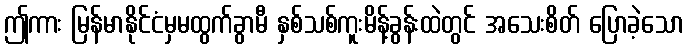
ဤကား မြန်မာနိုင်ငံမှမထွက်ခွာမီ နှစ်သစ်ကူးမိန့်ခွန်းထဲတွင် အသေးစိတ် ပြောခဲ့သော